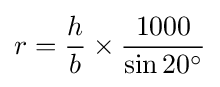
r={\frac {h}{b}}\times {\frac {1000}{\sin 20^{\circ }}}